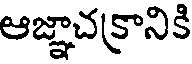
ఆజ్ఞాచక్రానికి